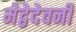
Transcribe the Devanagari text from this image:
मेद्वेदेवनी